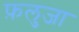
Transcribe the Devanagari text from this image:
फ़लुजा